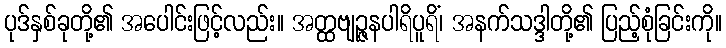
ပုဒ်နှစ်ခုတို့၏ အပေါင်းဖြင့်လည်း။ အတ္ထဗျဉ္ဇနပါရိပူရိံ၊ အနက်သဒ္ဒါတို့၏ ပြည့်စုံခြင်းကို။